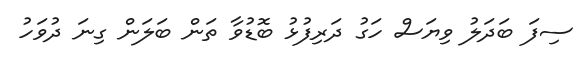
ސިފަ ބަދަލު ވިޔަސް ހަގު ދަރިފުޅު ބޮޑުވާ ތަން ބަލަން ގިނަ ދުވަހު